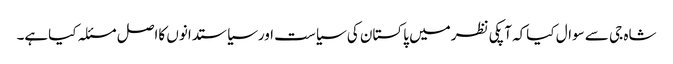
شاہ جی سے سوال کیاکہ آپکی نظرمیں پاکستان کی سیاست اورسیاستدانوں کااصل مسئلہ کیاہے۔